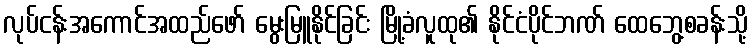
လုပ်ငန်းအကောင်အထည်ဖော် မွေးမြူနိုင်ခြင်း မြို့ခံလူထု၏ နိုင်ငံပိုင်ဘဏ် ထေဘွေ့စခန်းသို့